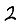
Digit: 2